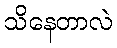
သိနေတာလဲ